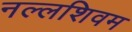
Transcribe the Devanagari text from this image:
नल्लशिवम